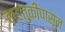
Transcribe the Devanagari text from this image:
वाहतुकीपासून